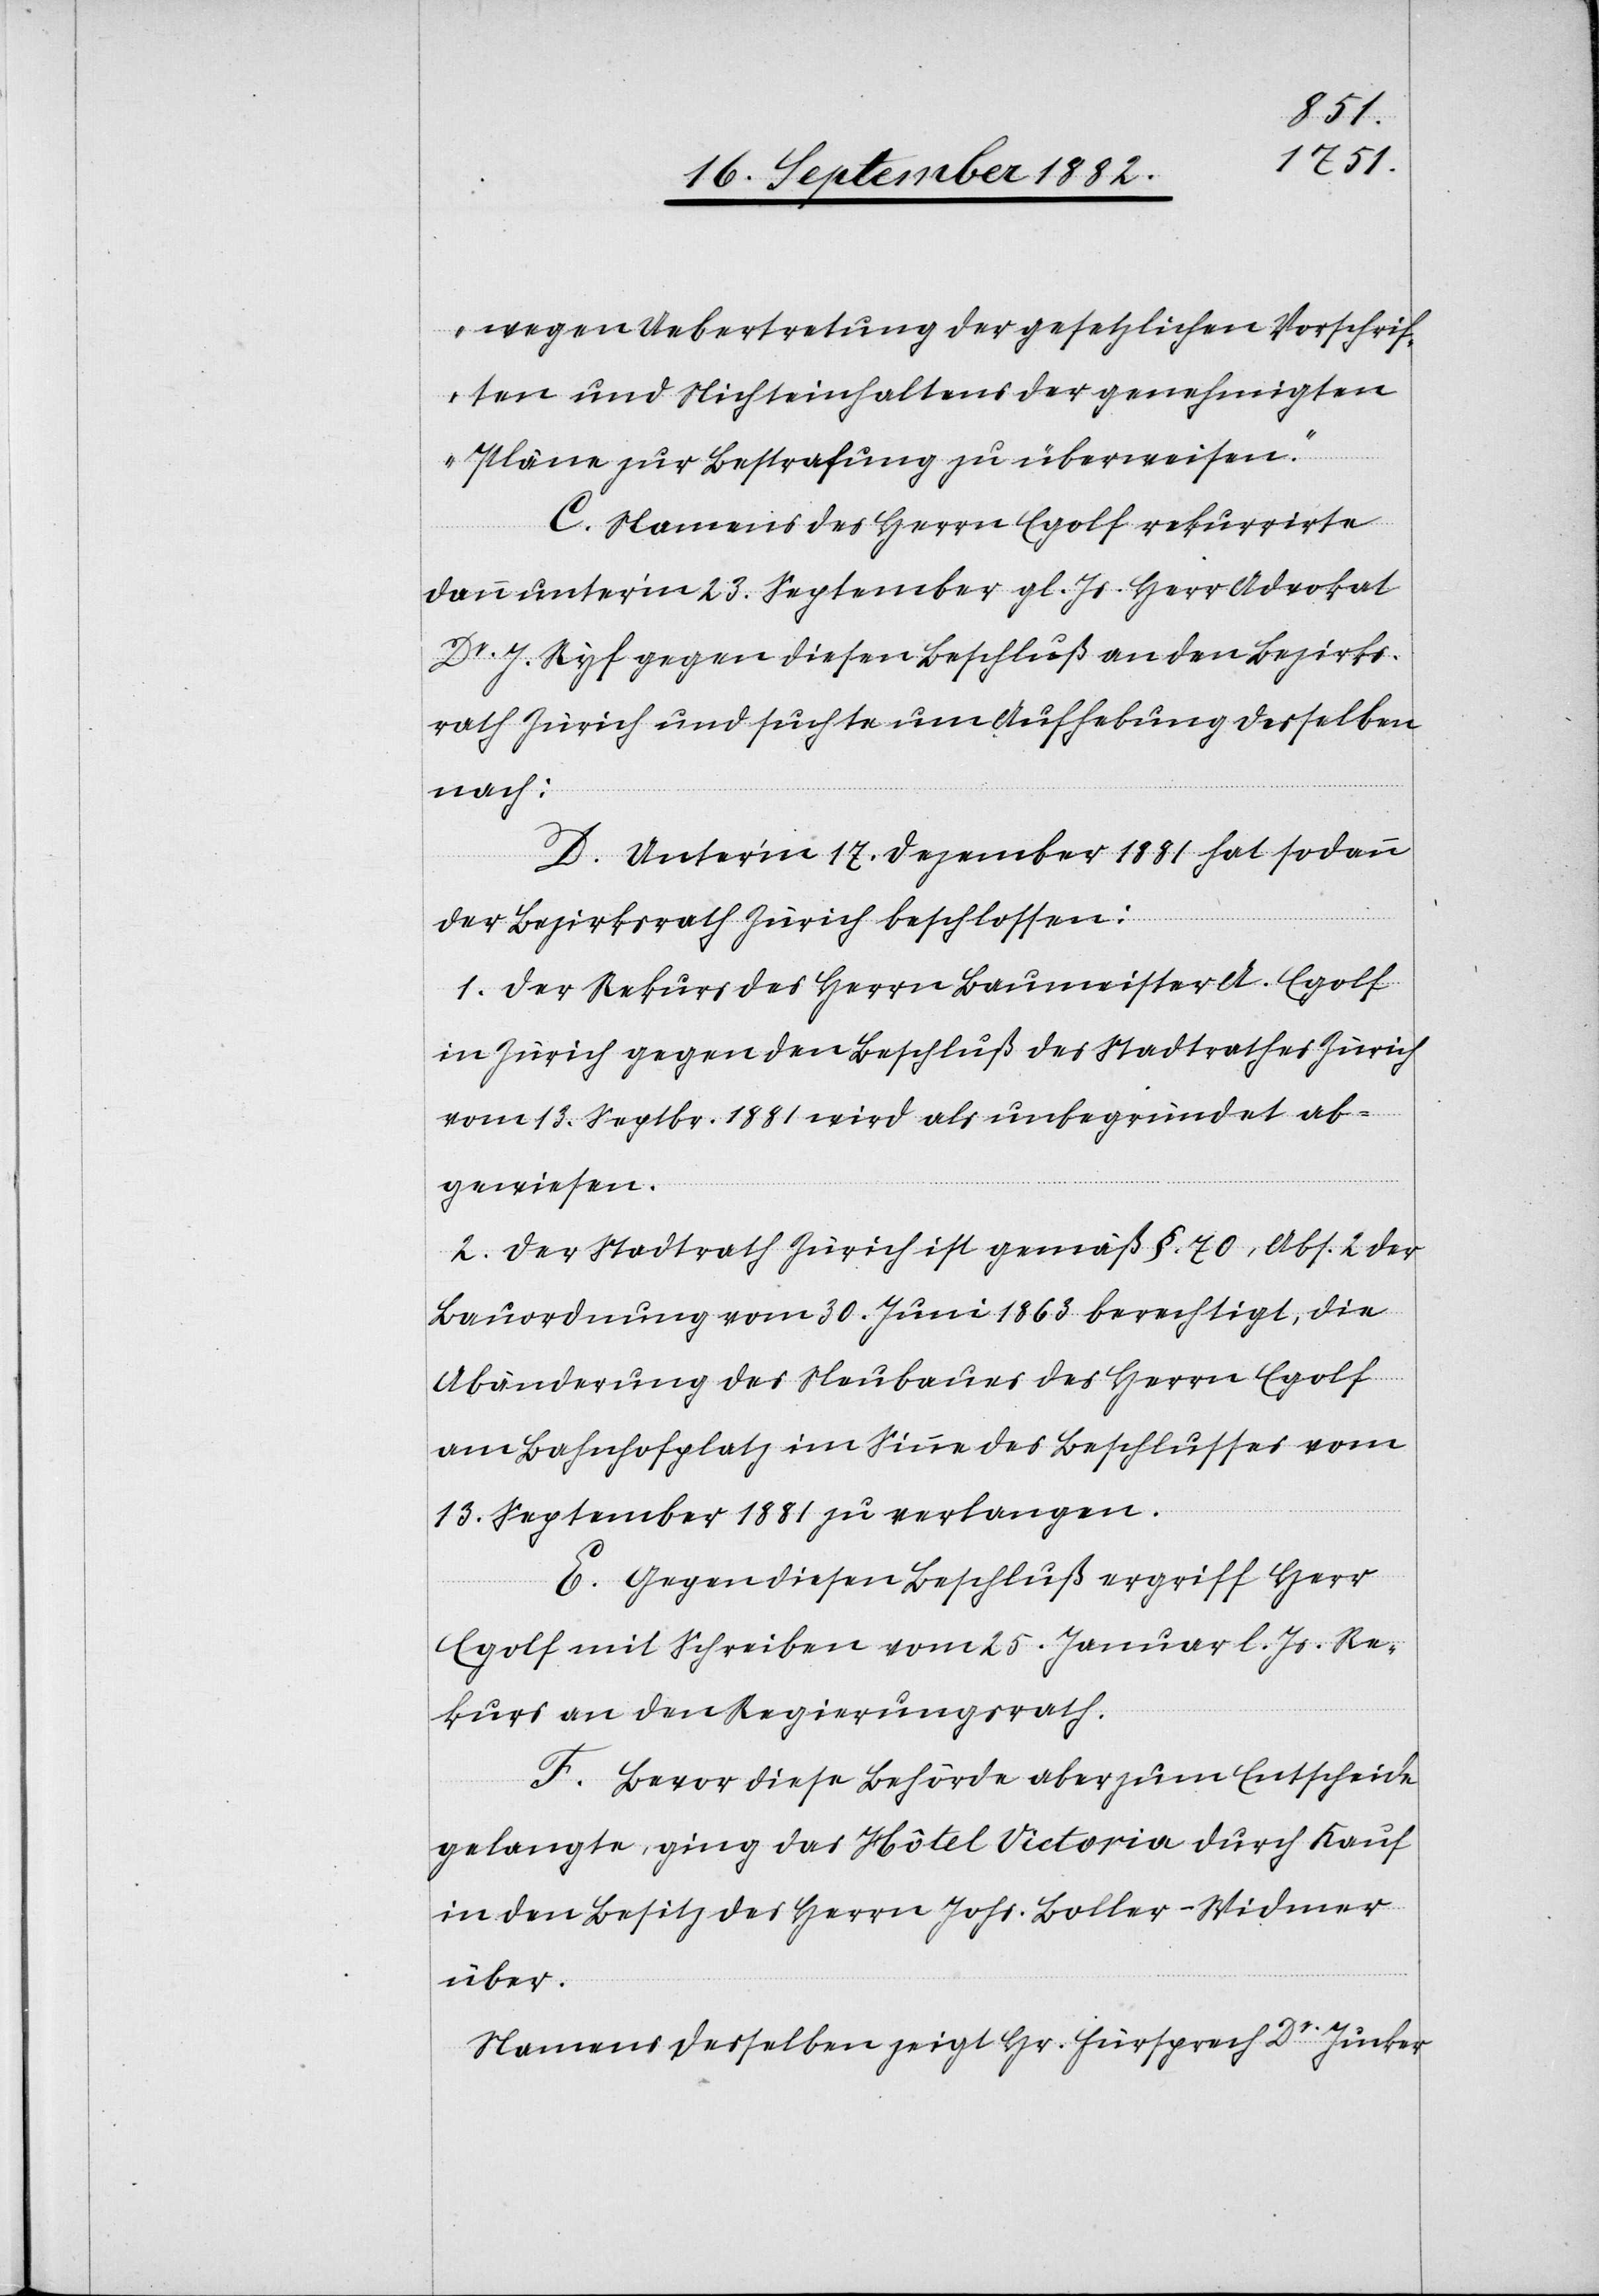
wegen Uebertretung der gesetzlichen Vorschrif¬
ten und Nichteinhaltens der genehmigten
Pläne zur Bestrafung zu überweisen.“
C. Namens des Herrn Egolf rekurrirte
dann unter’m 23. September gl. Js. Herr Advokat
Dr J. Ryf gegen diesen Beschluß an den Bezirks¬
rath Zürich und suchte um Aufhebung desselben
nach.
D. Unter’m 17. Dezember 1881 hat sodann
der Bezirksrath Zürich beschlossen:
1. Der Rekurs des Herrn Baumeister A. Egolf
in Zürich gegen den Beschluß des Stadtrathes Zürich
vom 13. Septbr. 1881 wird als unbegründet ab¬
gewiesen.
2. Der Stadtrath Zürich ist gemäß §. 70, Abs. 2 der
Bauordnung vom 30. Juni 1863 berechtigt, die
Abänderung des Neubaues des Herrn Egolf
am Bahnhofplatz im Sinne des Beschlusses vom
13. September 1881 zu verlangen.
E. Gegen diesen Beschluß ergriff Herr
Egolf mit Schreiben vom 25. Januar l. Js. Re¬
kurs an den Regierungsrath.
F. Bevor diese Behörde aber zum Entscheide
gelangte, ging das Hôtel Victoria durch Kauf
in den Besitz des Herrn Johs. Boller-Widmer
über.
Namens desselben zeigt Hr. Fürsprech Dr Jucker